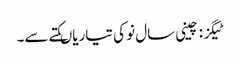
ٹیگز : چینی سال نو کی تیاریاںکتے سے۔